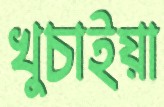
খুচাইয়া